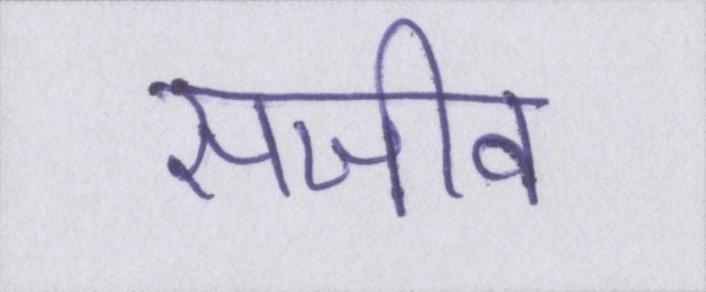
सजीव